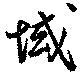
域